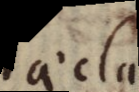
aecla